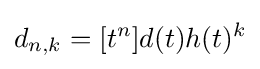
d_{n,k}=[t^{n}]d(t)h(t)^{k}